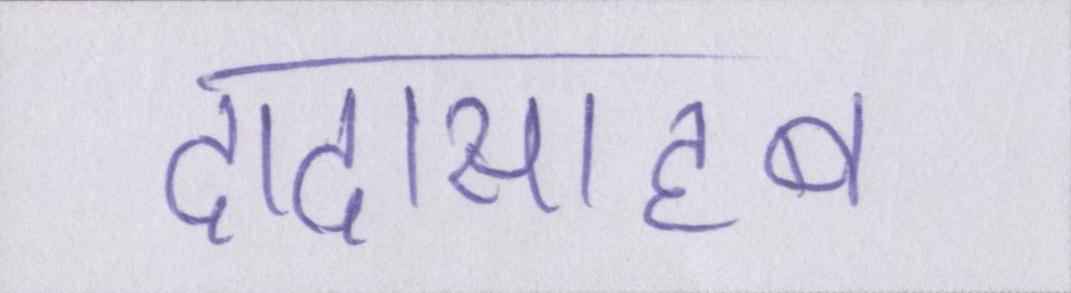
दादासाहब